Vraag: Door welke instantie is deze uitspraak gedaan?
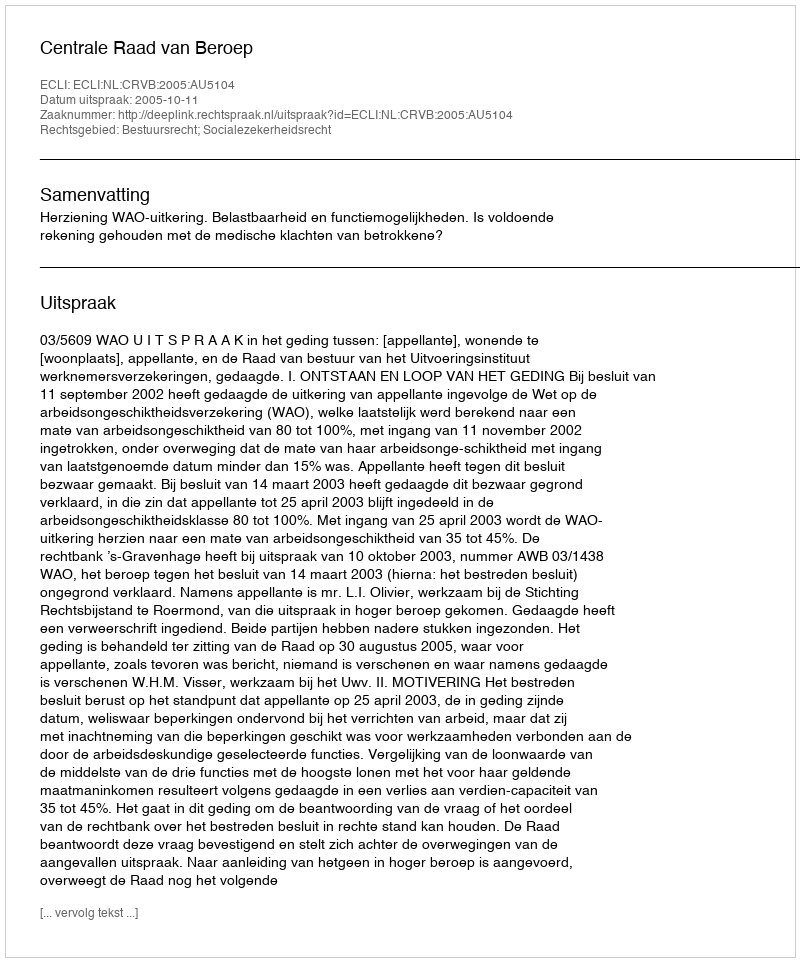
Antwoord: Centrale Raad van Beroep